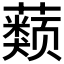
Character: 𰲒